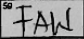
Transcription: FAW